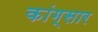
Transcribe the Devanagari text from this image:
कांग्सार